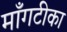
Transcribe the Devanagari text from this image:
माँगटीका